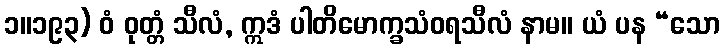
၁။၁၉၃) ဝံ ဝုတ္တံ သီလံ, ဣဒံ ပါတိမောက္ခသံဝရသီလံ နာမ။ ယံ ပန “သော